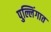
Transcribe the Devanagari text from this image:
पुल्लिंगात